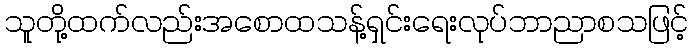
သူတို့ထက်လည်းအစောထသန့်ရှင်းရေးလုပ်ဘာညာစသဖြင့်